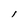
Character: l